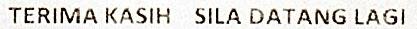
TERIMA KASIH SILA DATANG LAGI